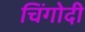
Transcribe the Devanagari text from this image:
चिंगोदी